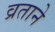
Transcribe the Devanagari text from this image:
व्रताने